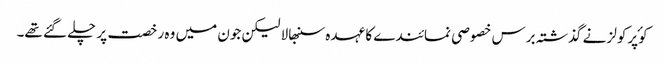
کوٴپرکولز نے گذشتہ برس خصوصی نمائندے کا عہدہ سنبھالا لیکن جون میں وہ رخصت پر چلے گئے تھے۔